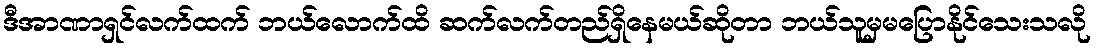
ဒီအာဏာရှင်လက်ထက် ဘယ်လောက်ထိ ဆက်လက်တည်ရှိနေမယ်ဆိုတာ ဘယ်သူမှမပြောနိုင်သေးသလို